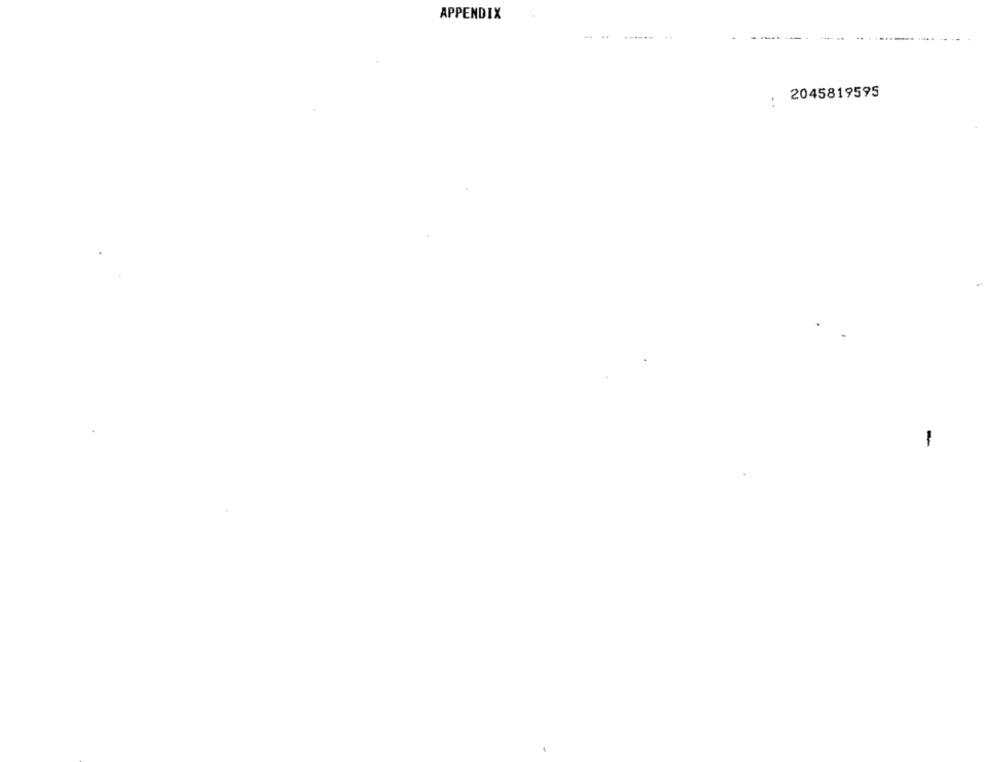
APPENDIX
-...
2045819595
-